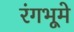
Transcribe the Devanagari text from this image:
रंगभूमे